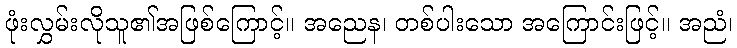
ဖုံးလွှမ်းလိုသူ၏အဖြစ်ကြောင့်။ အညေန၊ တစ်ပါးသော အကြောင်းဖြင့်။ အညံ၊